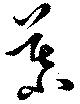
慕